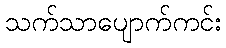
သက်သာပျောက်ကင်း